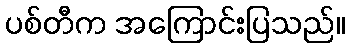
ပစ်တီက အကြောင်းပြသည်။